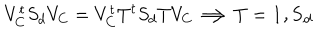
LaTeX: V _ { C } ^ { t } S _ { d } V _ { C } = V _ { C } ^ { t } T ^ { t } S _ { d } T V _ { C } \Longrightarrow T = \bf { 1 } , S _ { d }